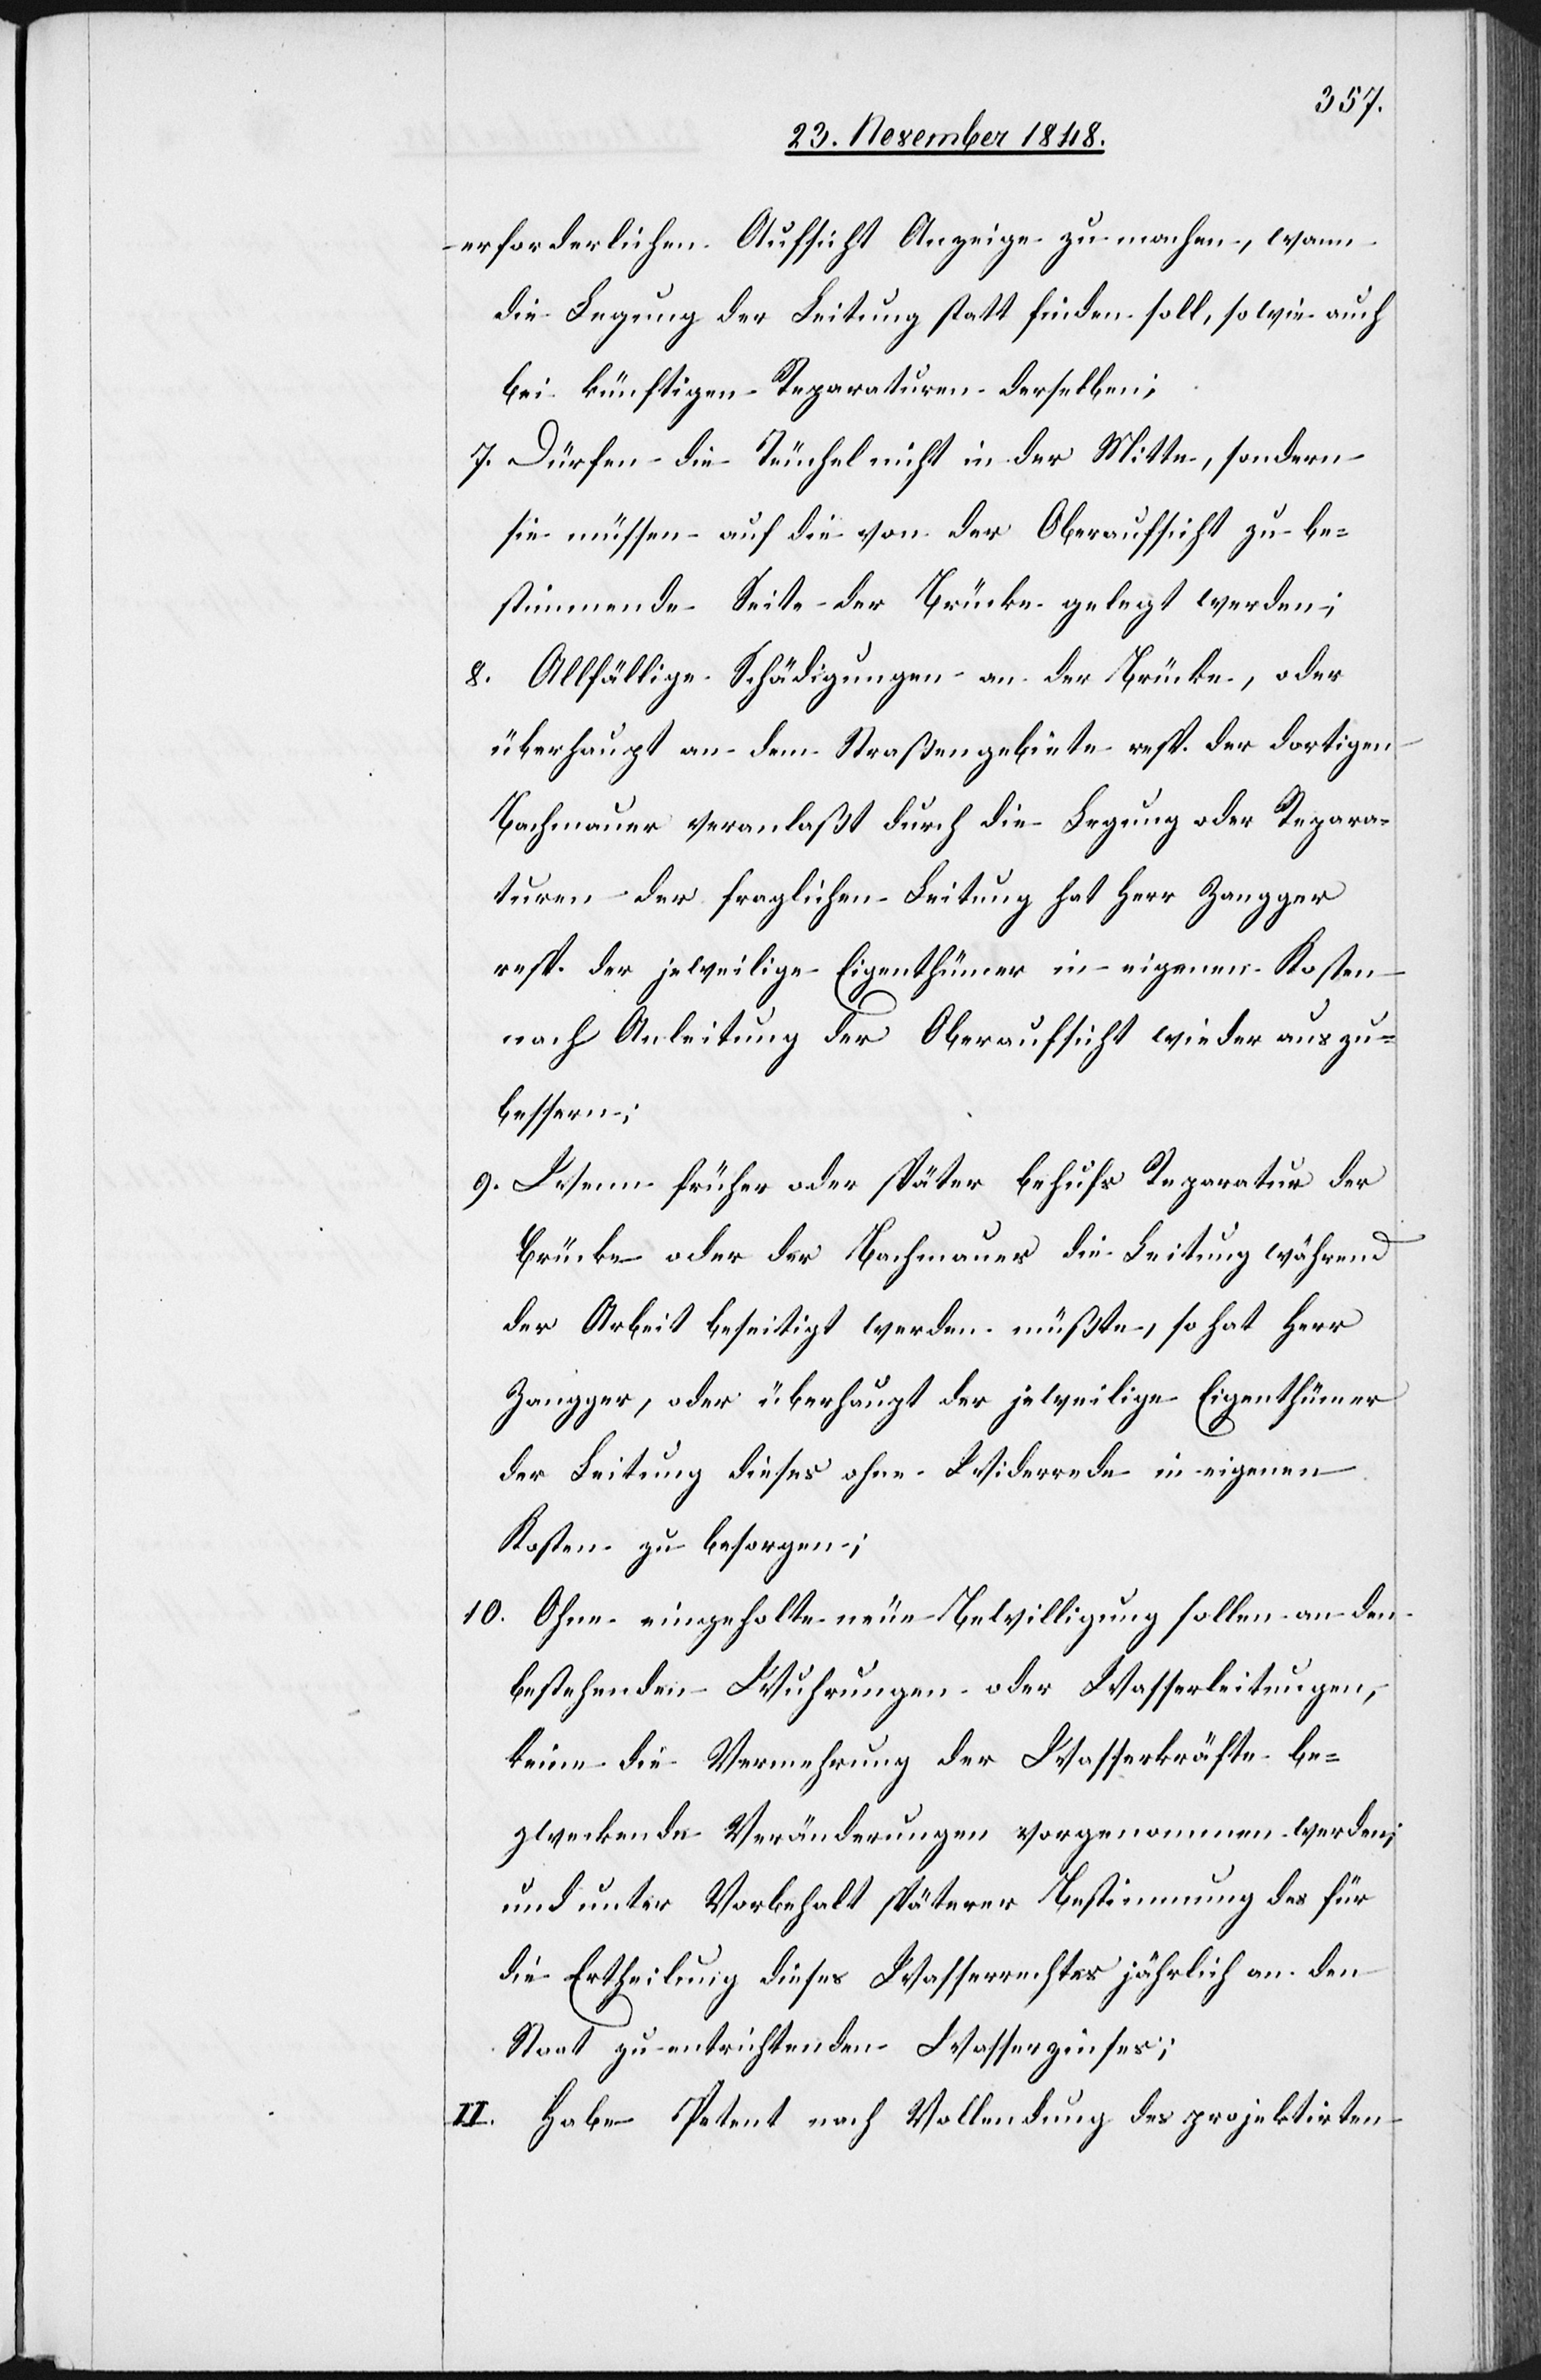
erforderlichen Aufsicht Anzeige zu machen, wann
die Legung der Leitung statt finden soll, so wie auch
bei künftigen Reparaturen derselben;
7. Dürfen die Teuchel nicht in der Mitte, sondern
sie müssen auf die von der Oberaufsicht zu be¬
stimmende Seite der Brücke gelegt werden;
8. Allfällige Schädigungen an der Brücke, oder
überhaupt an dem Straßengebiete resp. der dortigen
Bachmauer veranlaßt durch die Legung oder Repara¬
turen der fraglichen Leitung hat Herr Zangger
resp. der jeweilige Eigenthümer in eigenen Kosten
nach Anleitung der Oberaufsicht wieder auszu¬
bessern;
9. Wenn früher oder später behufs Reparatur der
Brücke oder der Bachmauer die Leitung während
der Arbeit beseitigt werden müßte, so hat Herr
Zangger, oder überhaupt der jeweilige Eigenthümer
der Leitung dieses ohne Widerrede in eigenen
Kosten zu besorgen;
10. Ohne eingeholte neue Bewilligung sollen an den
bestehenden Wuhrungen oder Wasserleitungen,
keine die Vermehrung der Wasserkräfte be¬
zweckende Veränderungen vorgenommen werden;
und unter Vorbehalt späterer Bestimmung des für
die Ertheilung dieses Wasserrechtes jährlich an den
Staat zu entrichtenden Wasserzinses;
II. Habe Petent nach Vollendung des projektirten